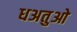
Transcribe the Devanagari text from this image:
धअतुओ